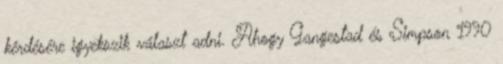
kérdésére igyekszik választ adni. Ahogy Gangestad és Simpson 1990